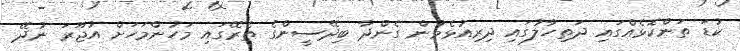
ކުޑަ ތަންކޮޅެއްގައި ދަތިހާލުގައި ދިރިއުޅެމުން ގެންދާ ބިދޭސީންގެ ތެރޭގައި މަހުންމަހަށް އުޖޫރަ ނުދޭ